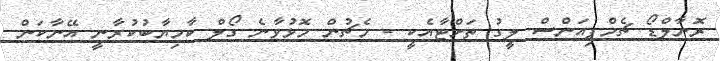
ރޮނާލްޑޯ ޗެމްޕިއަންސް ލީގު ތަށްޓާއެކީ - މެޗުން މޮޅުވާނެ ގޯލް ކާމިޔާބުކުރާނީ އޭނާކަން